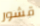
قشور